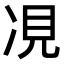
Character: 𫝎